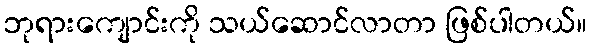
ဘုရားကျောင်းကို သယ်ဆောင်လာတာ ဖြစ်ပါတယ်။